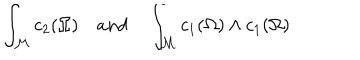
\int _ { \mathcal { M } } c _ { 2 } ( \Omega ) a n d \int _ { { \mathcal M } } c _ { 1 } ( \Omega ) \wedge c _ { 1 } ( \Omega )